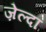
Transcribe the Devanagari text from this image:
ज़ेल्दा